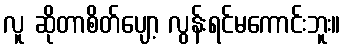
လူ ဆိုတာစိတ်ပျော့ လွန်းရင်မကောင်းဘူး။